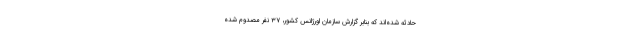
حادثه شده‌اند که بنابر گزارش سازمان اورژانس کشور، ۳۷ نفر مصدوم شده